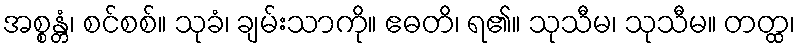
အစ္စန္တံ၊ စင်စစ်။ သုခံ၊ ချမ်းသာကို။ ဧဓတိ၊ ရ၏။ သုသီမ၊ သုသီမ။ တတ္ထ၊